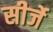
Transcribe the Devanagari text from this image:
सीर्जे